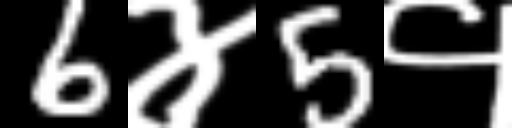
Text: 6४5१